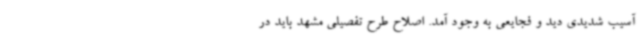
آسیب شدیدی دید و فجایعی به وجود آمد. اصلاح طرح تفصیلی مشهد باید در